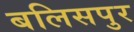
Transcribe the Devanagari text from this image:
बलिसपुर